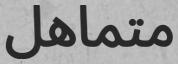
متماھل